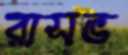
রাসভ